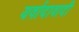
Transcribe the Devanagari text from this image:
यर्वादावादी